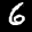
Label: 6